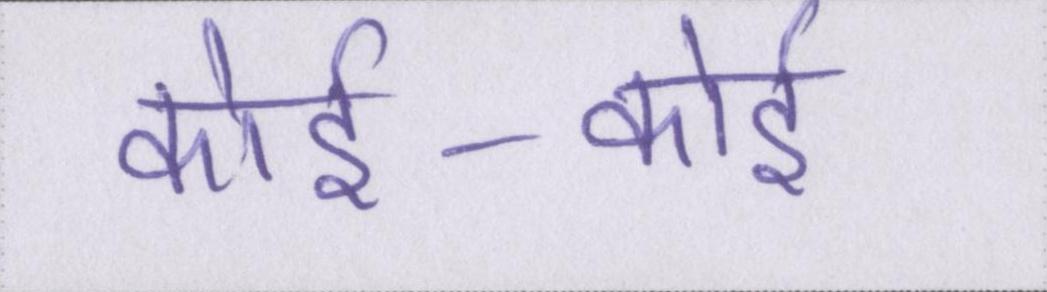
कोई-कोई